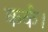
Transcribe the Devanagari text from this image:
कर्क।